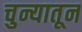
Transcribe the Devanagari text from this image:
चुन्यातून